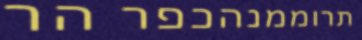
תרוממנהכפר הר